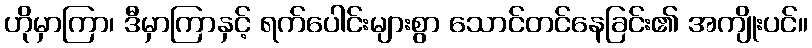
ဟိုမှာကြာ၊ ဒီမှာကြာနှင့် ရက်ပေါင်းများစွာ သောင်တင်နေခြင်း၏ အကျိုးပင်။